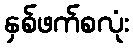
နှစ်ဖက်စလုံး